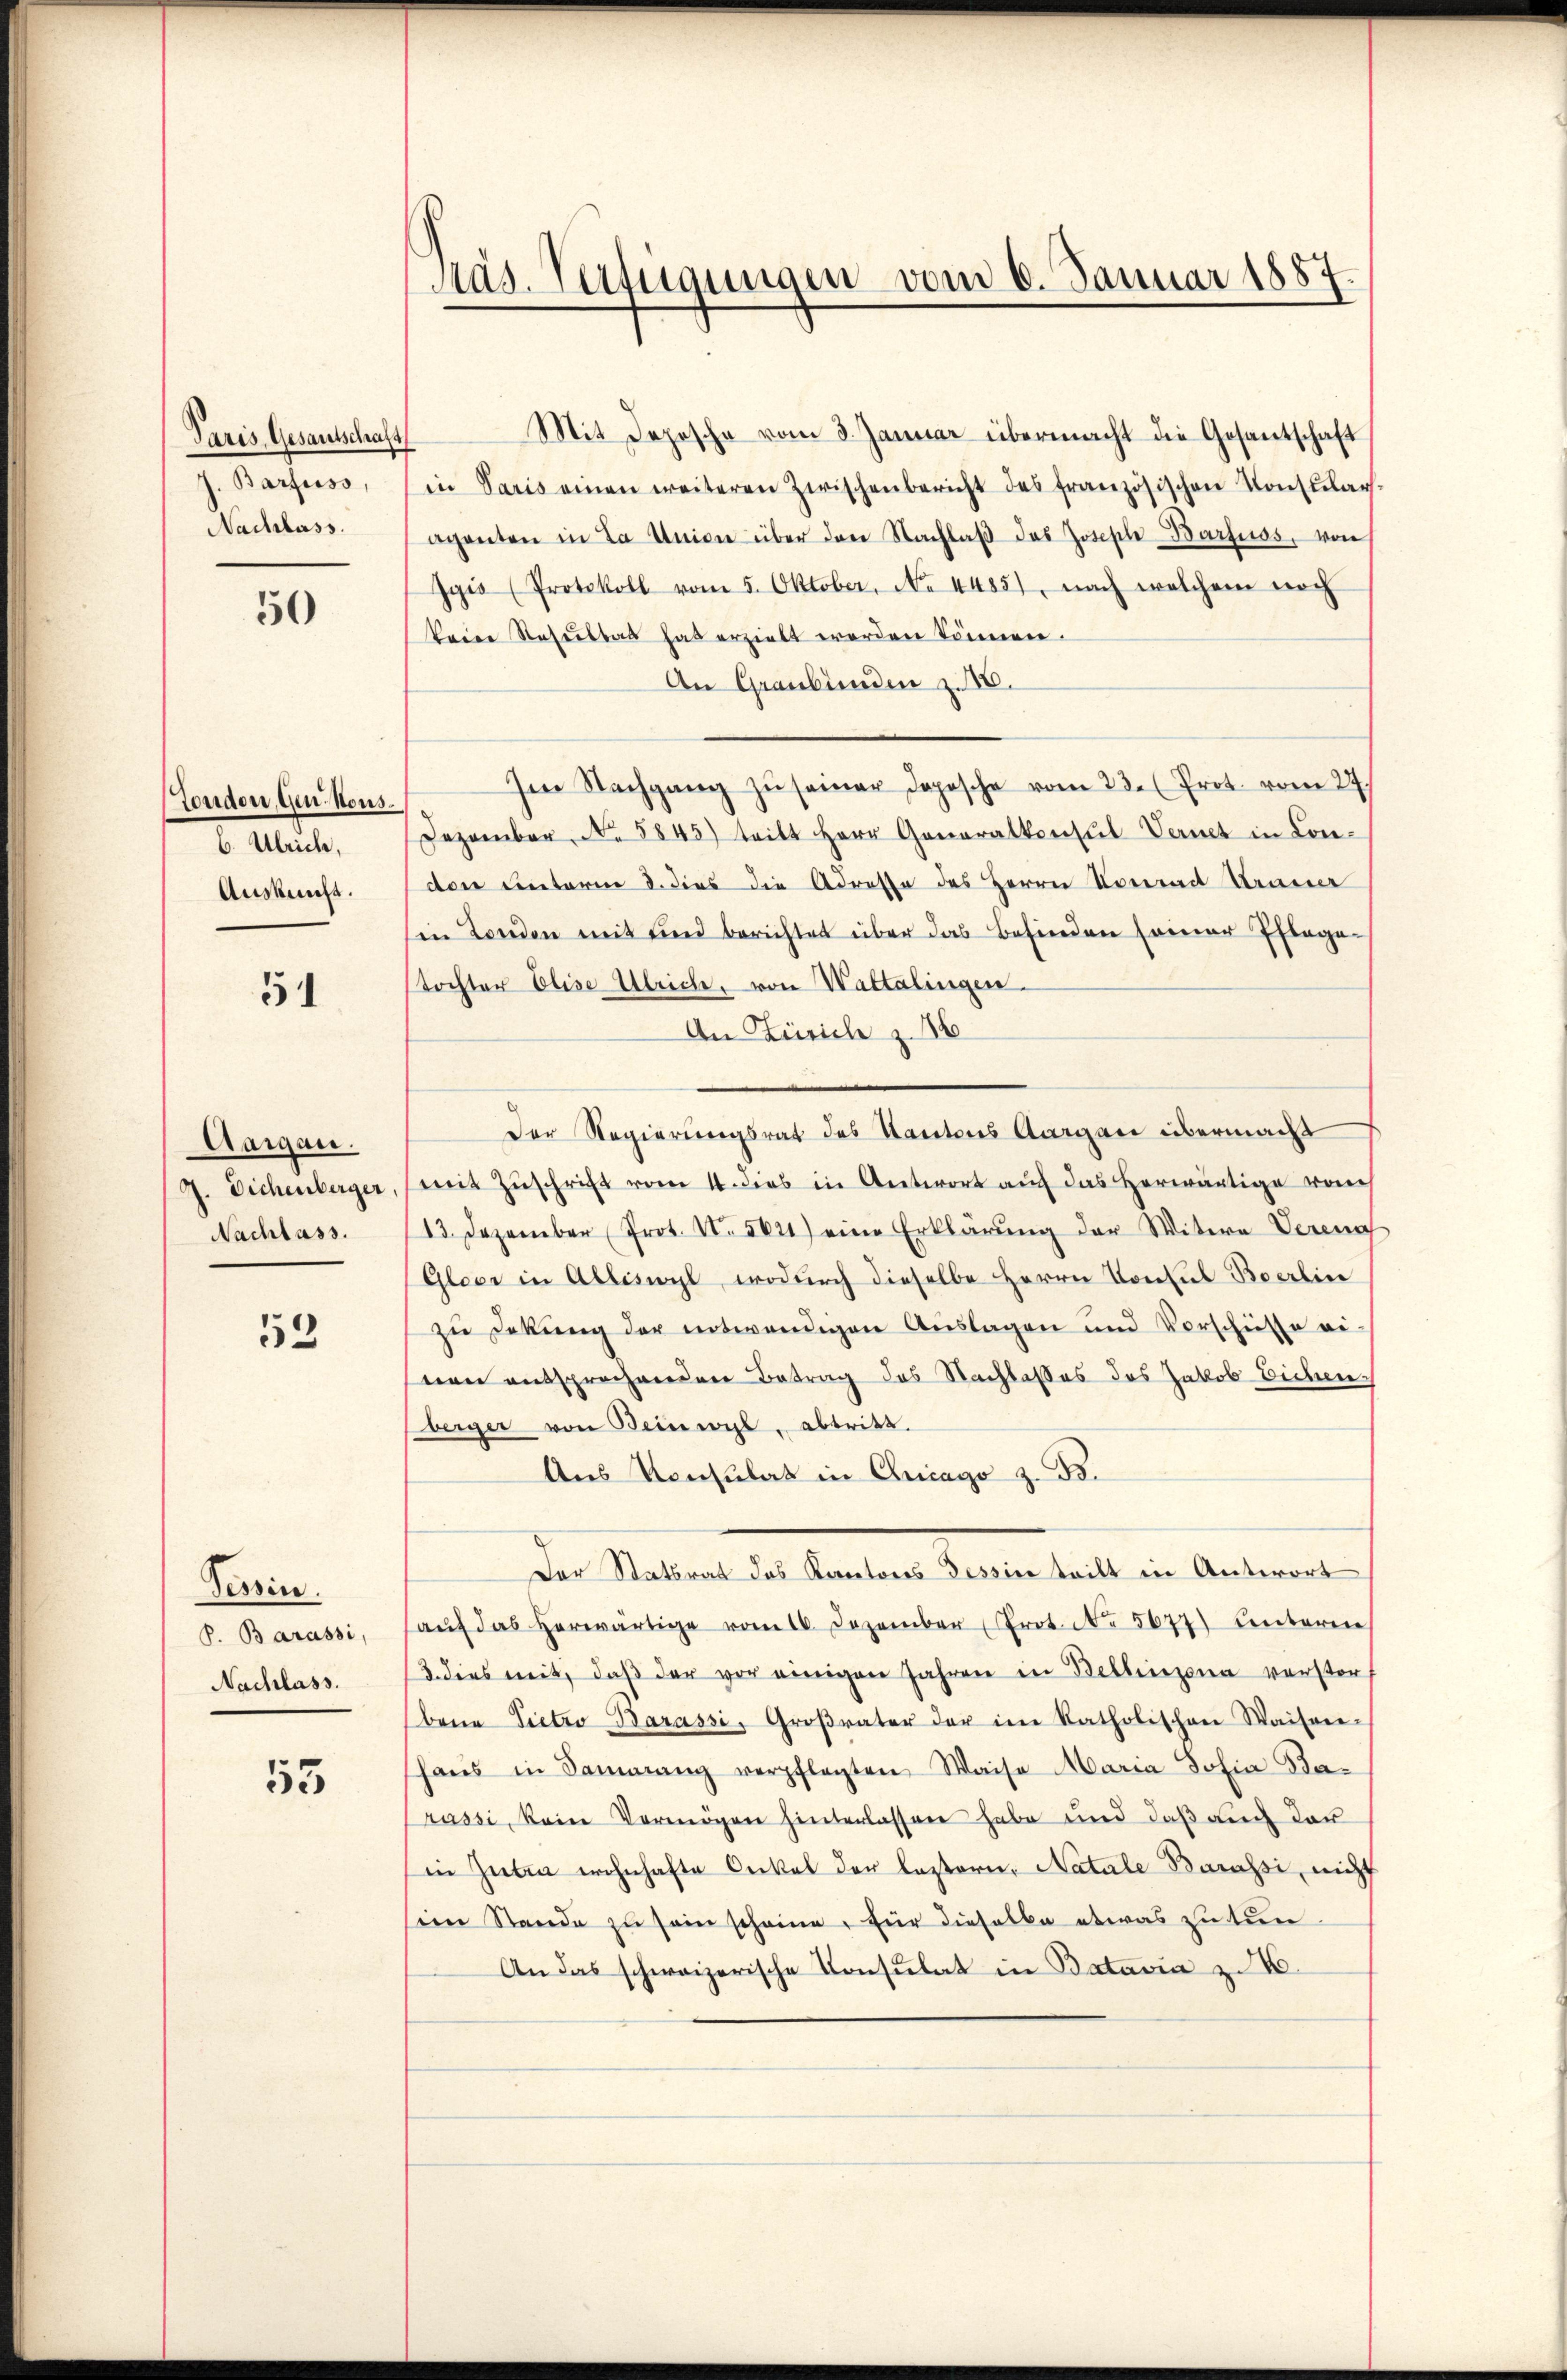
Paris Gesantschaft
Barfuss,
Nachlass.

50

Tondon, Gen. Kons.
6. Ulriche,
Auskunft.

51

Aargau.
J. Dichenberger
Nachlass.

53

Tessin.
P. Barassi,
Nachlass.

55

Präs. Verfügungen vom 6. Januar 1887.

Mit Depesche vom 3. Januar übermacht die Gesantschaft
in Paris einen weiteren Zwischenbericht des französischen Konsular-
aganten in La Union über den Nachlaβ das Josephe-Barfuos, von
Igis (Protokoll vom 5. Oktober, No 4485), nach welchem noch
keine Resultat hat erzielt worden können.
An Graubünden z. B.
Im Nachgang zŭ seiner Dopische vom 23. (Prot. vom 27.
Dezember No. 5845) tritt Herr Generalkonsul Vernet in Con-
den unterm 8. dies die Adresse des Herrn Konrad Braner
in Landen mit und berichtet über das Befinden freuer Erlage-
tochter Elise Ulriche, von Waltalingen.
An Zürich z. 16
Der Regierungsrat des Kantons Aargau übermacht
mit Zuschrift vom 14. dies in Antwort auf das herwärtige von
13. Dezember Prot. VI. 562) eine Erklärŭng der Witwe Verena
Gleer in Adliswyl, wodurch dieselbe Herrn Konsul Boerlin
zu Dekung der entwendigen Auslagen und Vorschiesse ei-
nen entsprechnenden Betrag des Nachlasses des Jakob Bichen
berger von Beinwyl, abtritt.
Aus Konsulat in Chicago z. B.
Der Statsrat das Kantons Tessin teilt in Antwort
aŭf das herwärtige vom 16. Dezember Prot. No. 5677) unterm
2. dies mit, daβ der vor einigen Jahren in Bellinzona verster
bene Pietro Barassi, Groβrater der im Katholischen Waiser-
haŭs in Sammung verpflegten Waise Maria Josia Barussi, kein Vermögen hinterlassen habe und daß auch dan
in Guten wohnhafte Onkel der Lastern. Natale Barassi, nicht
sien Stande zu sein scheine, für dieselbe etwas zu tun
An das schweizerische Consulat in Batavia zu 40.